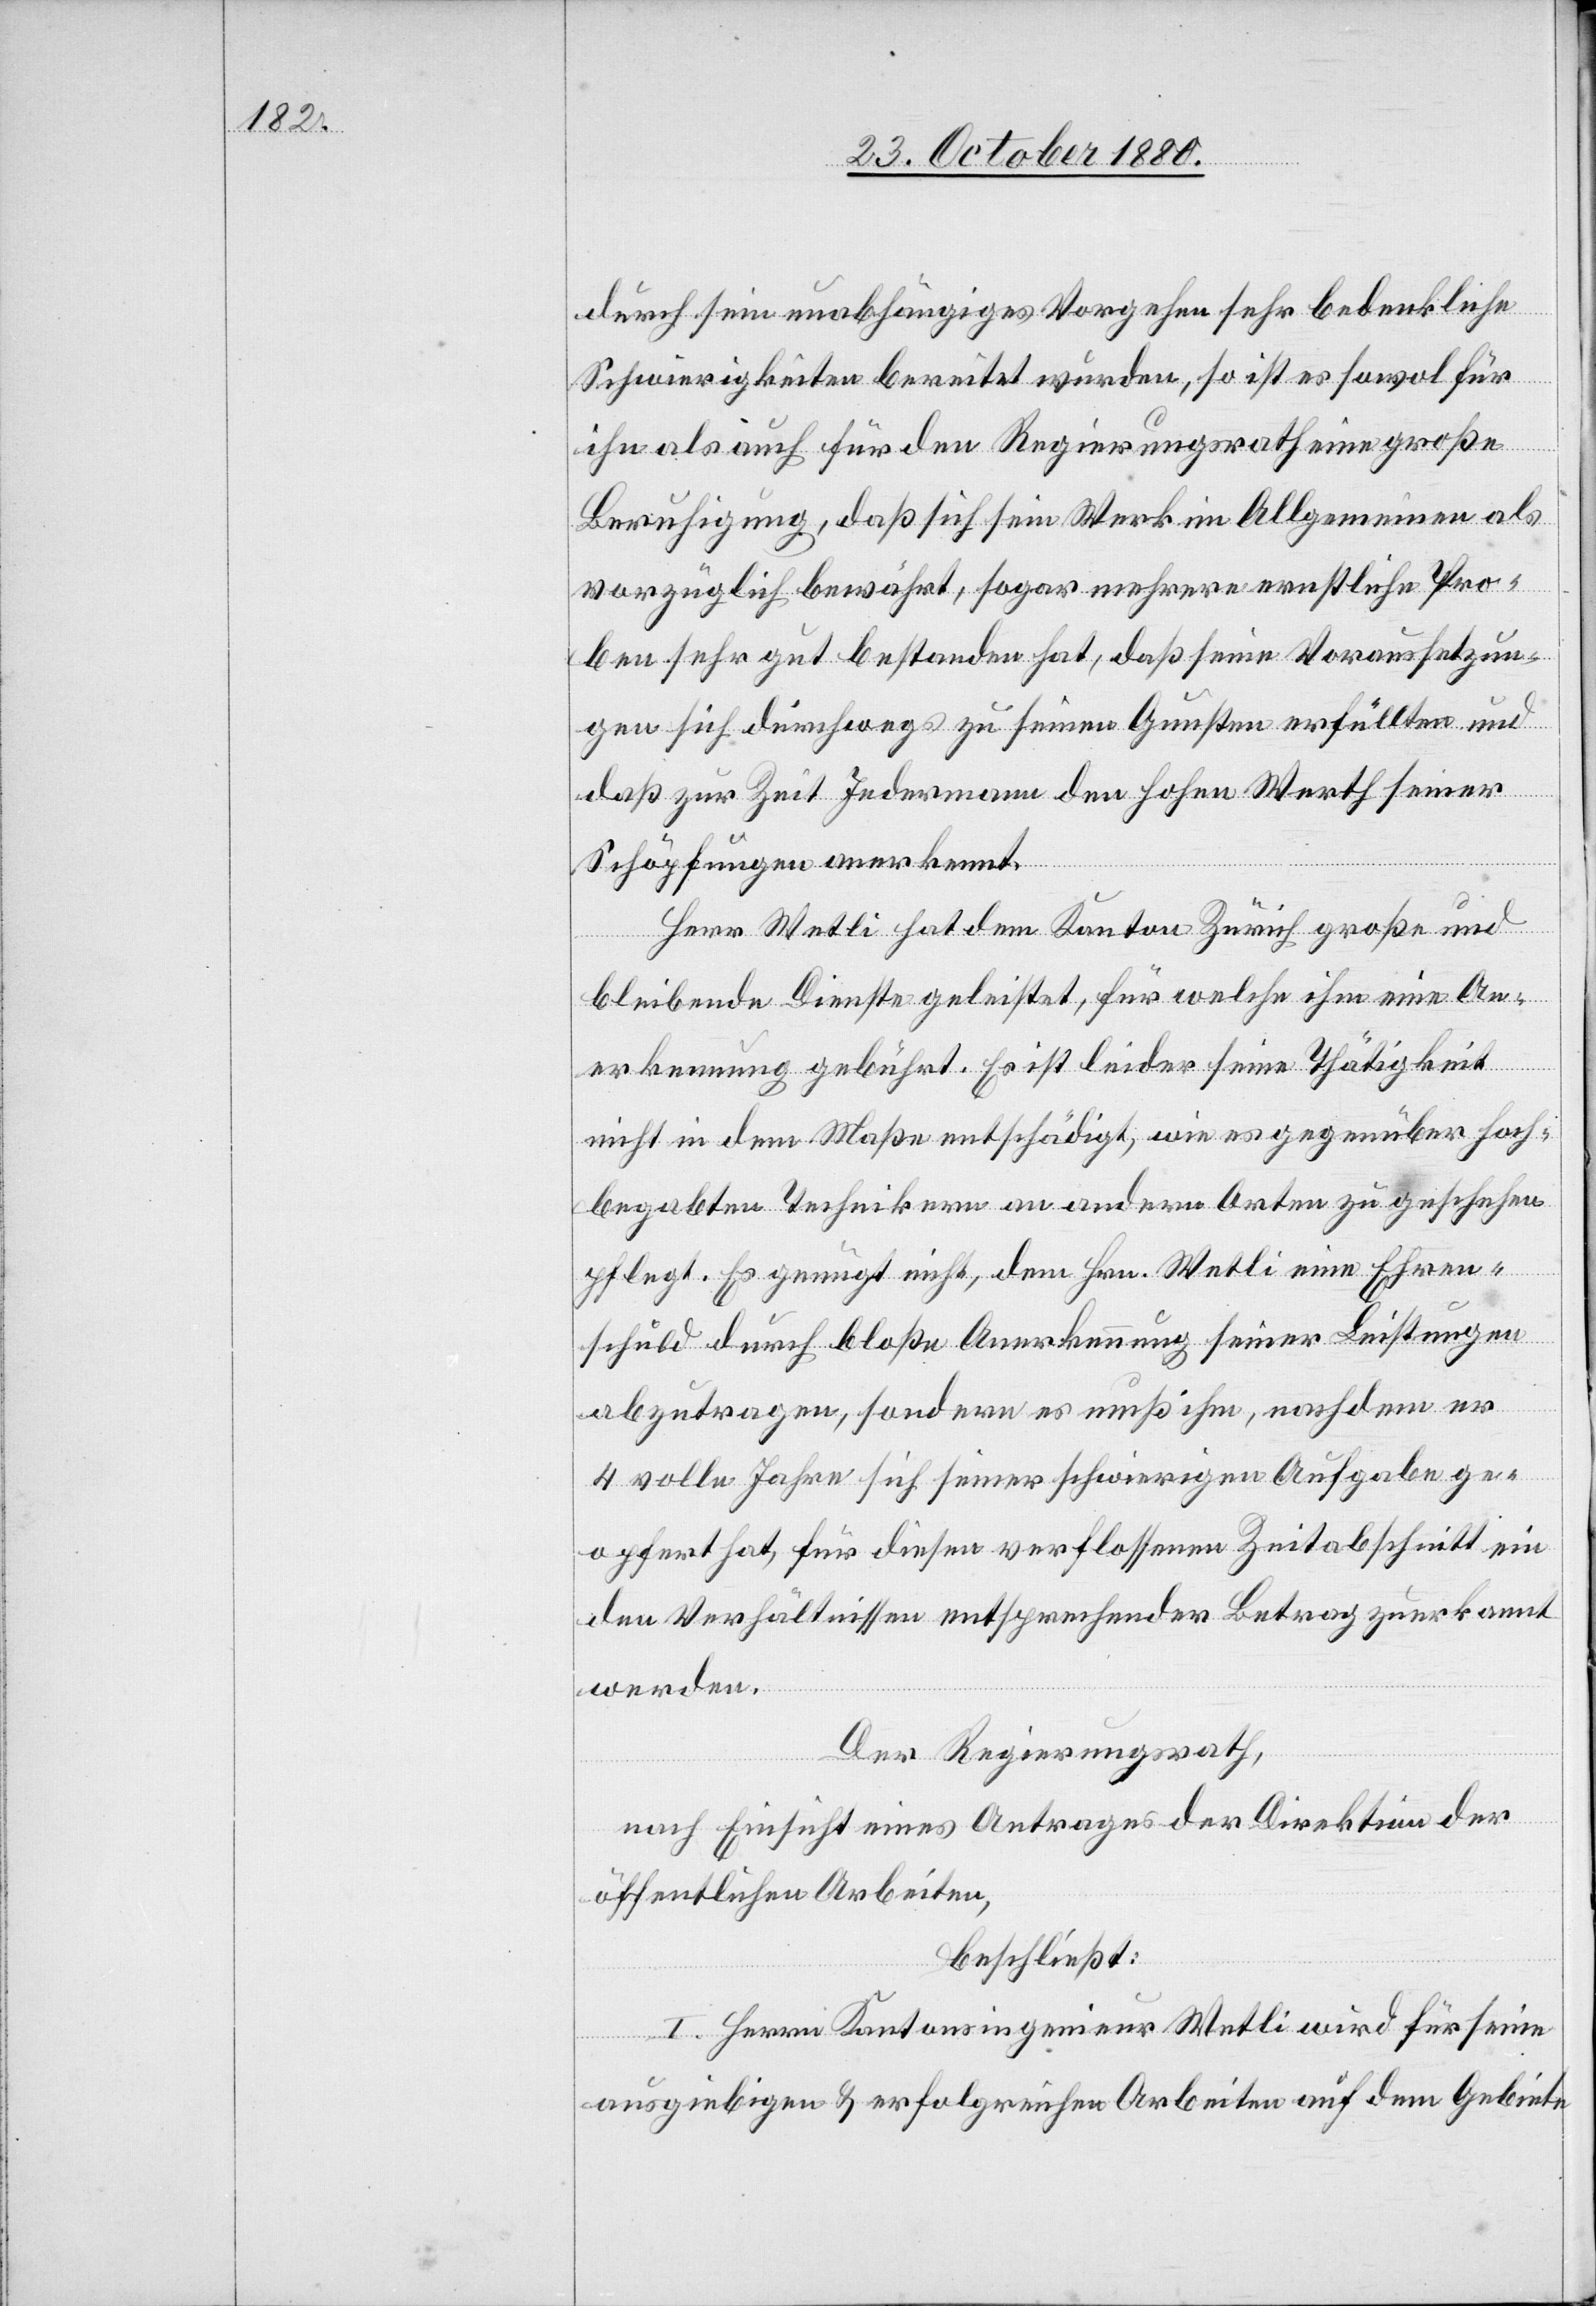
durch sein unabhängiges Vorgehen sehr bedenkliche
Schwierigkeiten bereitet wurden, so ist es sowol für
ihn als auch für den Regierungsrath eine große
Beruhigung, daß sich sein Werk im Allgemeinen als
vorzüglich bewährt, sogar mehrere ernstliche Pro¬
ben sehr gut bestanden hat, daß seine Voraussetzun¬
gen sich durchwegs zu seinen Gunsten erfüllten und
daß zur Zeit Jedermann den hohen Werth seiner
Schöpfungen anerkennt.
Herr Wetli hat dem Kanton Zürich große und
bleibende Dienste geleistet, für welche ihm eine An¬
erkennung gebührt. Es ist leider seine Thätigkeit
nicht in dem Maße entschädigt, wie es gegenüber hoch¬
begabten Technikern an andern Orten zu geschehen
pflegt. Es genügt nicht, dem Hrn. Wetli eine Ehren¬
schuld durch bloße Anerkennung seiner Leistungen
abzutragen, sondern es muß ihm, nachdem er
4 volle Jahre sich seiner schwierigen Aufgabe ge¬
opfert hat, für diesen verflossenen Zeitabschnitt ein
den Verhältnissen entsprechender Betrag zuerkannt
werden.
Der Regierungsrath,
nach Einsicht eines Antrages der Direktion der
öffentlichen Arbeiten,
beschließt:
I. Herrn Kantonsingenieur Wetli wird für seine
ausgiebigen & erfolgreichen Arbeiten auf dem Gebiete